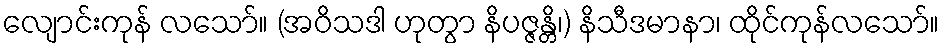
လျောင်းကုန် လသော်။ (အဝိသဒါ ဟုတွာ နိပဇ္ဇန္တိ၊) နိသီဒမာနာ၊ ထိုင်ကုန်လသော်။